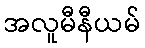
အလူမီနီယမ်